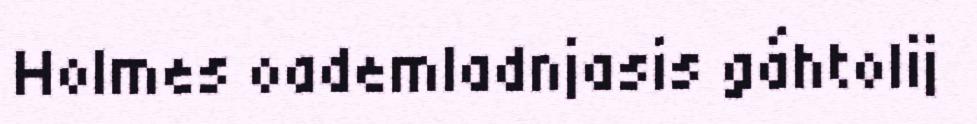
Holmes oademladnjasis gáhtolij